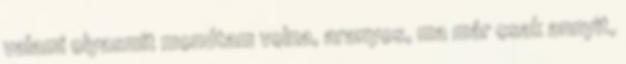
valami olyasmit mondtam volna, aranyos, ma már csak annyit,